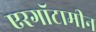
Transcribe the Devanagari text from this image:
एरगॉटामीन